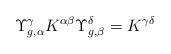
LaTeX: \begin{align*}\Upsilon^{\gamma}_{g,\alpha} K^{\alpha\beta}\Upsilon_{g,\beta}^{\delta}=K^{\gamma\delta}\end{align*}